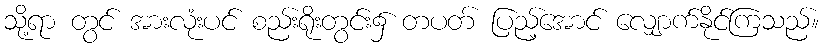
သို့ရာ တွင် အားလုံးပင် စည်းရိုးတွင်း၌ တပတ် ပြည့်အောင် လျှောက်နိုင်ကြသည်။